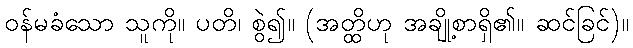
ဝန်မခံသော သူကို။ ပတိ၊ စွဲ၍။ (အတ္ထိဟု အချို့စာရှိ၏။ ဆင်ခြင်)။